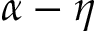
\alpha - \eta